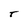
Character: T